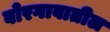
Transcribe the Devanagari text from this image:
बोरगावातील